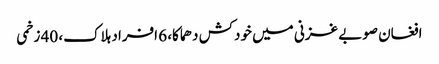
افغان صوبے غزنی میں خودکش دھماکا، 6 افراد ہلاک، 40 زخمی